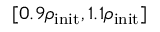
[ 0 . 9 \rho _ { \mathrm { i n i t } } , 1 . 1 \rho _ { \mathrm { i n i t } } ]